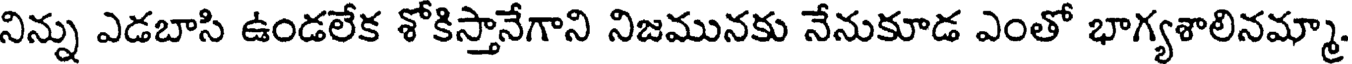
నిన్ను ఎడబాసి ఉండలేక శోకిస్తానేగాని నిజమునకు నేనుకూడ ఎంతో భాగ్యశాలినమ్మా